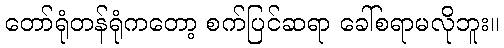
တော်ရုံတန်ရုံကတော့ စက်ပြင်ဆရာ ခေါ်စရာမလိုဘူး။